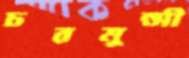
চরমুন্সী